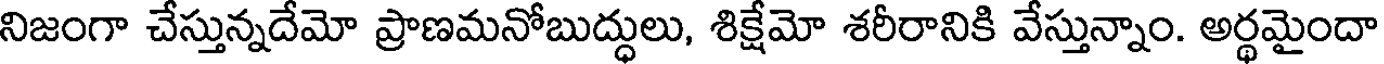
నిజంగా చేస్తున్నదేమో ప్రాణమనోబుద్ధులు, శిక్షేమో శరీరానికి వేస్తున్నాం. అర్థమైందా